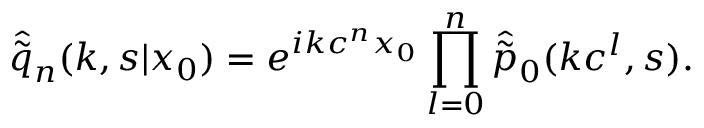
\hat { \tilde { q } } _ { n } ( k , s | x _ { 0 } ) = e ^ { i k c ^ { n } x _ { 0 } } \prod _ { l = 0 } ^ { n } \hat { \tilde { p } } _ { 0 } ( k c ^ { l } , s ) .